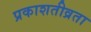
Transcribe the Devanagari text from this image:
प्रकाशतीव्रता